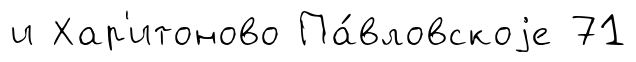
и Хар'итоново Па́вловскоjе 71